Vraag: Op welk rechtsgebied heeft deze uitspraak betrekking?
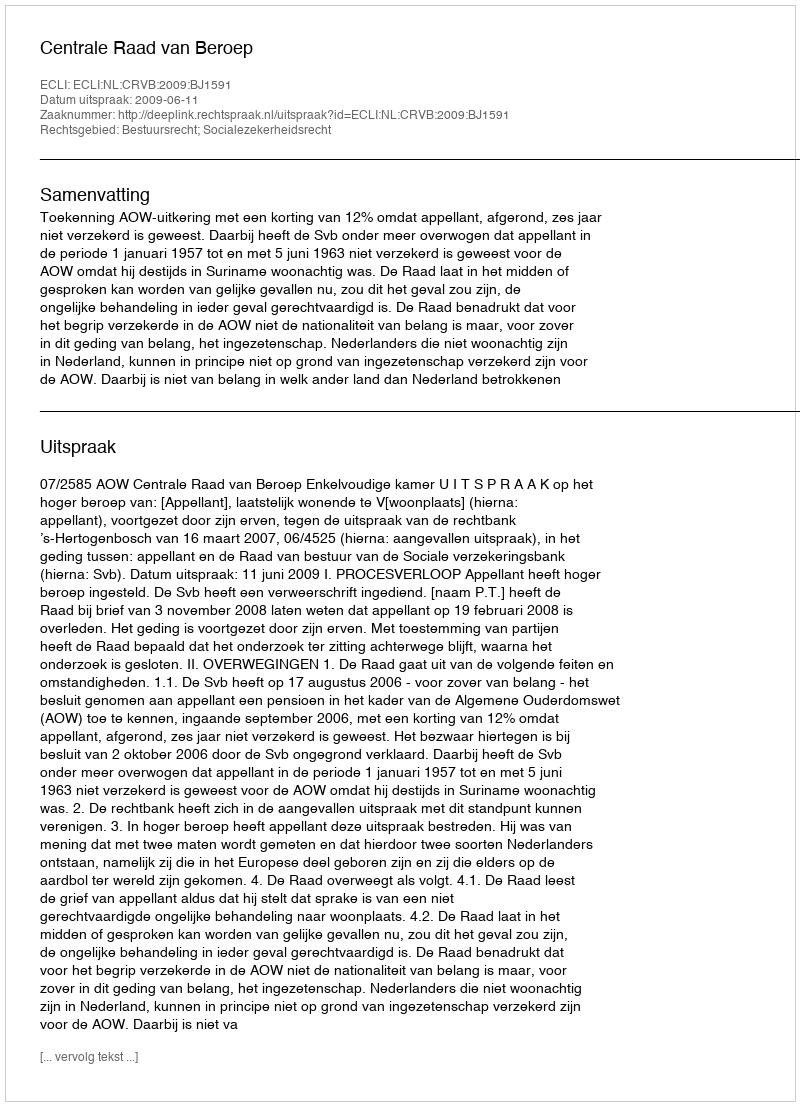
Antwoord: Bestuursrecht; Socialezekerheidsrecht